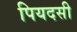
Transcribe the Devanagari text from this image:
पियदसी